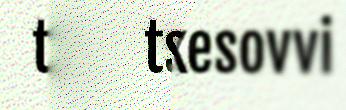
tseegkesovvi